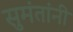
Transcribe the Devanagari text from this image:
सुमंतांनी